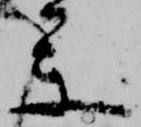
参